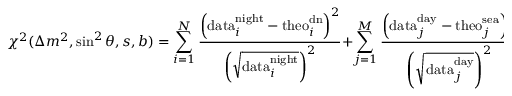
\chi ^ { 2 } ( \Delta m ^ { 2 } , \sin ^ { 2 } \theta , s , b ) = \sum _ { i = 1 } ^ { N } \frac { \left( \mathrm { d a t a } _ { i } ^ { \mathrm { n i g h t } } - \mathrm { t h e o } _ { i } ^ { \mathrm { d n } } \right) ^ { 2 } } { \left( \sqrt { \mathrm { d a t a } _ { i } ^ { \mathrm { n i g h t } } } \right) ^ { 2 } } + \sum _ { j = 1 } ^ { M } \frac { \left( \mathrm { d a t a } _ { j } ^ { \mathrm { d a y } } - \mathrm { t h e o } _ { j } ^ { \mathrm { s e a } } \right) ^ { 2 } } { \left( \sqrt { \mathrm { d a t a } _ { j } ^ { \mathrm { d a y } } } \right) ^ { 2 } } ,